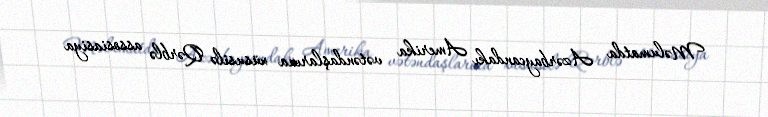
Məlumatda Azərbaycandakı Amerika vətəndaşlarına xüsusilə Qərblə assosiasiya